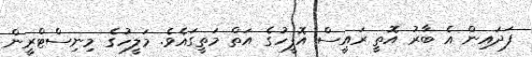
ފަދައިން އެ ބާރު އޮތީ ރައީސް އޮފީހުގެ އަތް މަތީގައެވެ. މަލީހުގެ މިނިސްޓްރީން